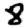
Digit: 8